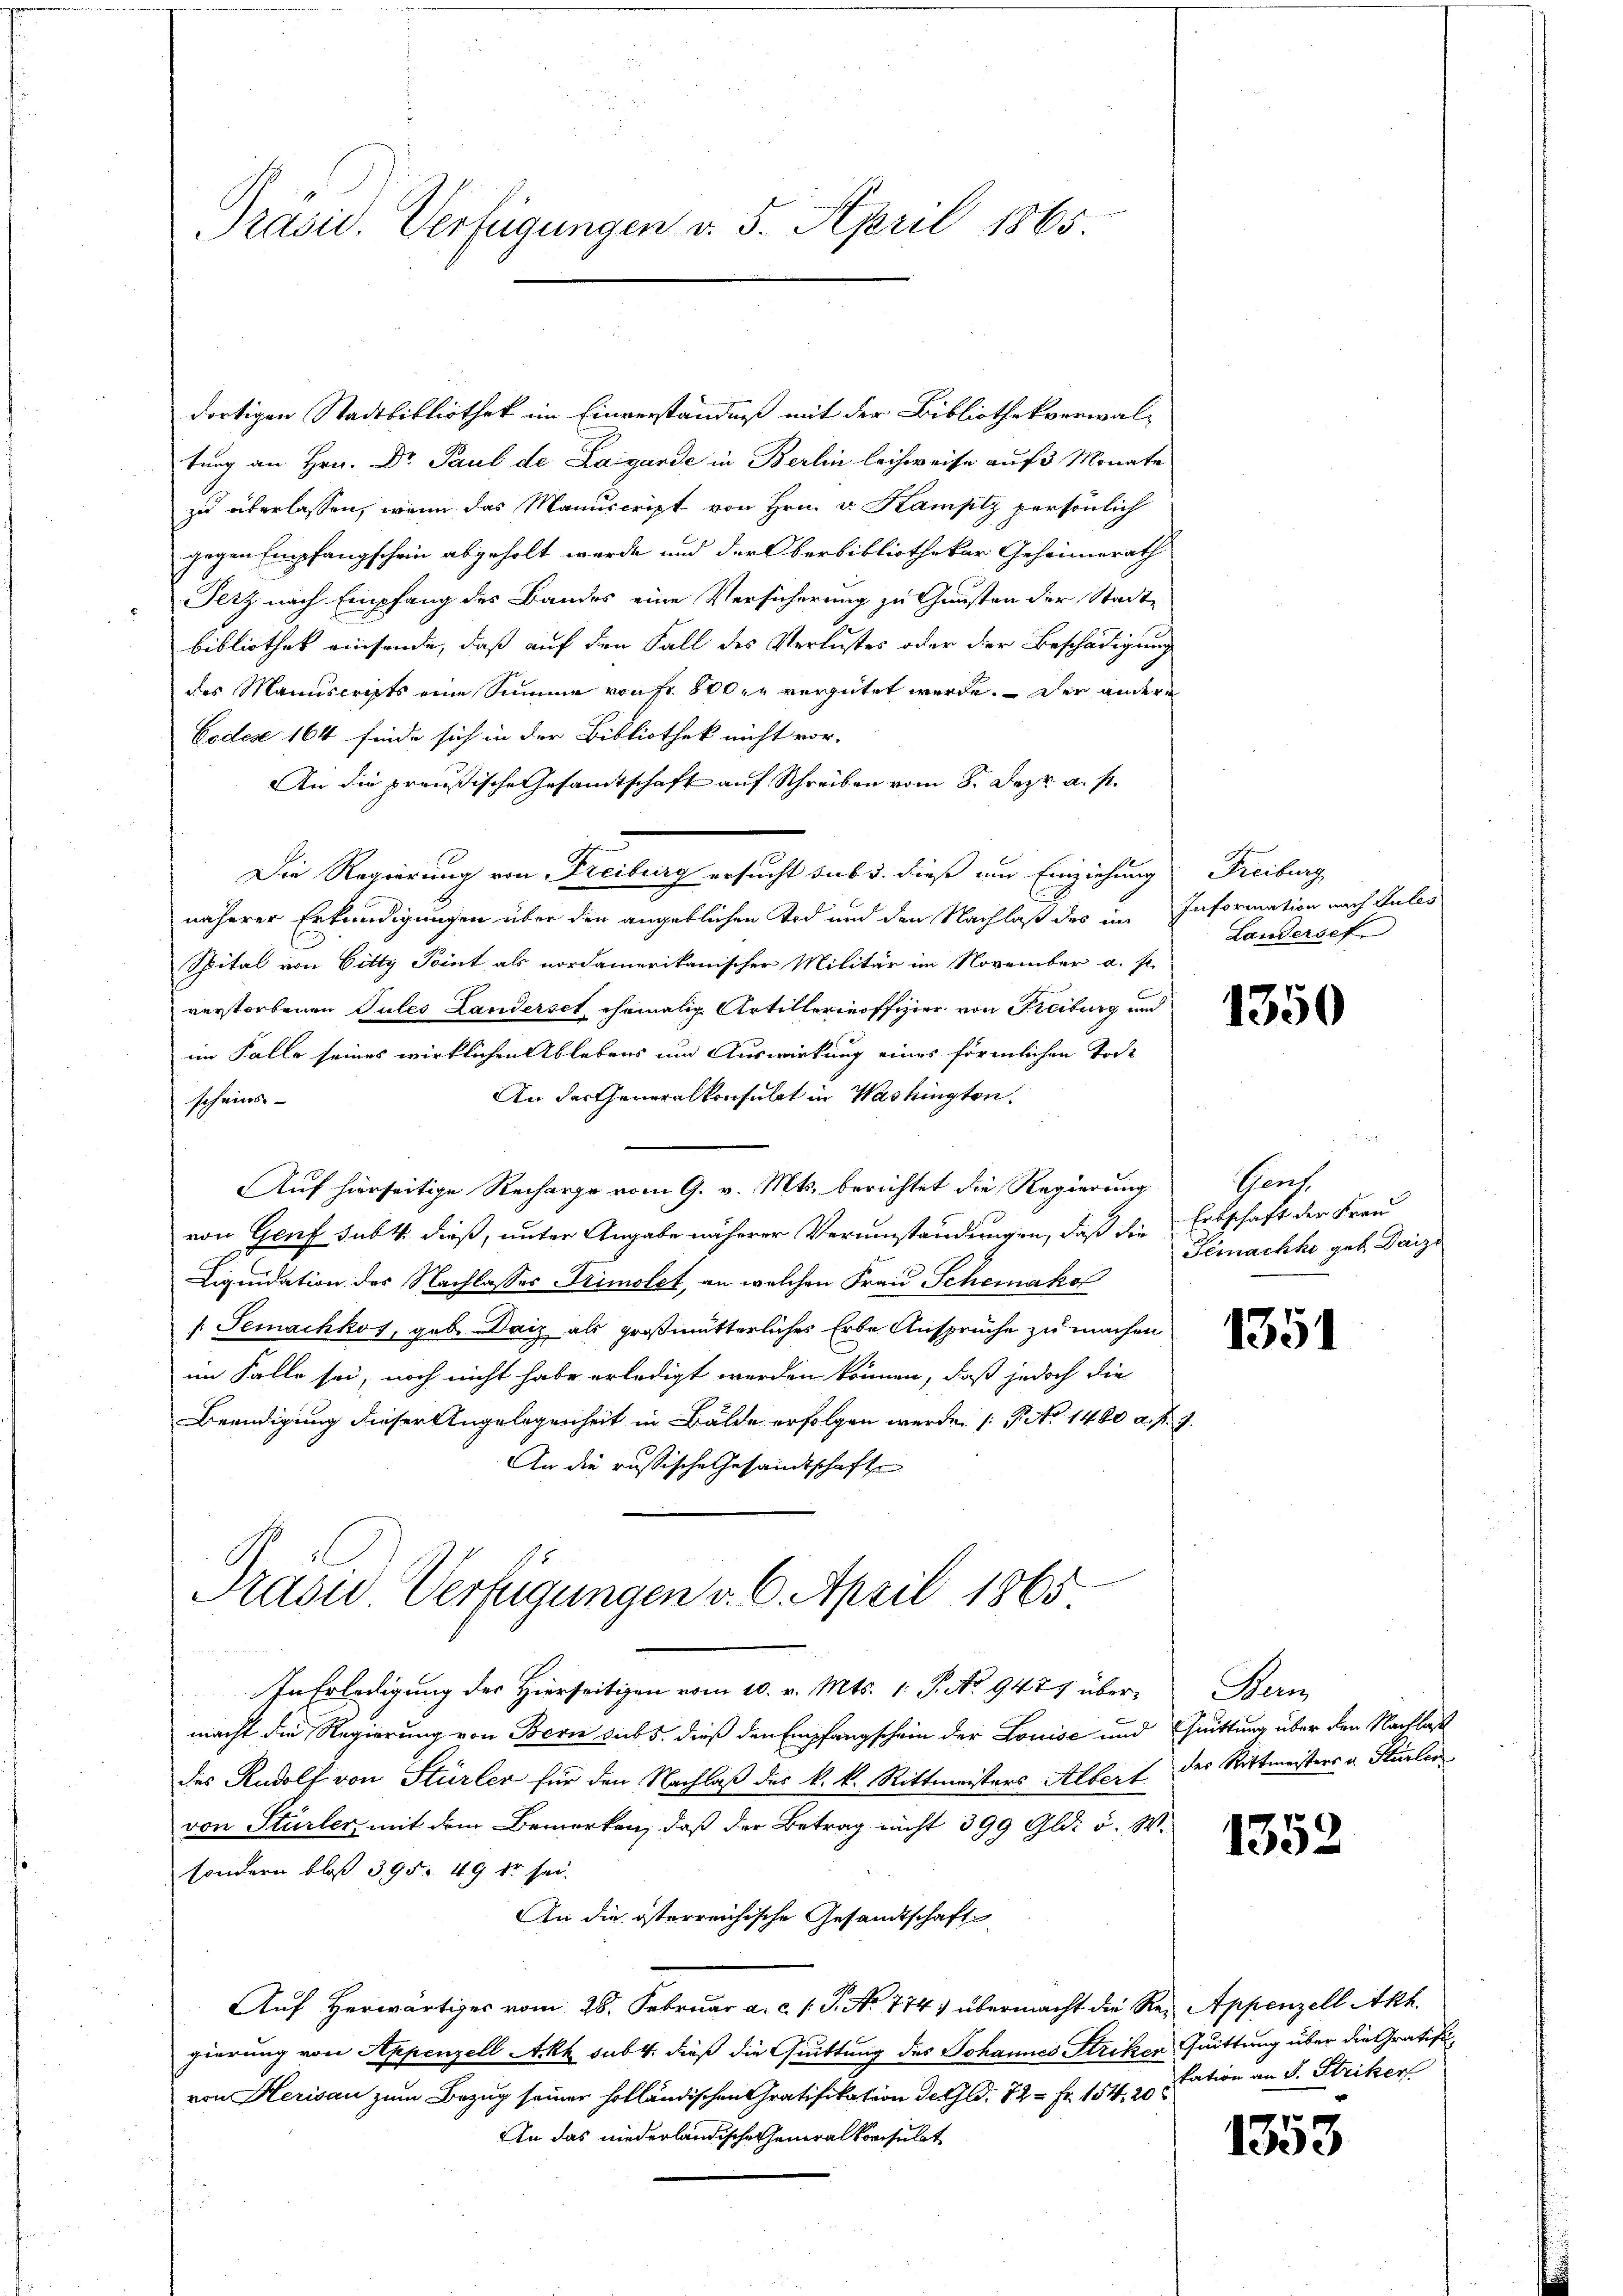
Präsid. Verfügungen v. 5. April 1865.

dortigen Stadtbibliothek im Einverständniß mit der Bibliothekverwal-
tung an Hrn. Dr Paul de Lagande in Berlin leichweise auf 3 Monate
zu überlassen, wenn das Manuscript von Hrn. v. Kampiz persönlich
gegen Empfangschein abgeholt werde und der Oberbibliothekar Geheimerath
Ferz nach Empfang des Bandes eine Versicherung zu Gunsten der Stadtbibliothek einsende, daß auf den Fall des Verlustes oder der Beschädigung
des Manuscripts eine Summe von Fr. 800 vergütet werde. Der andere
Codes 164 finde sich in der Bibliothek nicht vor-
An die preußische Gesamtschaft auf Schreiben vom 8. Dez. a. p.
Die Regierung von Freiburg ersucht sub 3. dieß um Einziehung
näherer Erkundigungen über den angeblichen Tod und den Nachlaß des im Information nach Sules
Spital von Bitty Point als nordamerikanischer Militär im November a. s.
verstorbenen Tules Landerset ehemalig Artillerinoffizier von Freiburg und
im Falle seines wirklichen Ablebens um Auswirkung eines förmlichen Tode
An der Generalkonsulat in Washington.
scheins- |
Auf hierseitige Recharge vom 9. v. Mts. berichtet die Regierung
von Genf sub 4. dieß, unter Angabe näherer Verumständungen, daß die Erbschaft der Frau
Liquidation des Nachlasses Trimolet, an welchen Frau Scheinakol
Jemnachkos, geb. Daiz als großmütterliches Erbe Ansprüche zu machen
im Falle sei, noch nicht habe erledigt werden können, daß jedoch die
Beendigung dieser Angelegenheit in Bälde erfolgen werde. (T. No. 1480 d. J. J.
An die russische Gesandtschaft

Pavid Verfügungen v. 6. April 1865

Freiburg
Landersef

In Erledigung des Hierseitigen vom 10. v. Mts. 1. P. No. 9477 übermacht die Regierung von Bern sub 5. dieß den Empfangschein der Louise und Quittung über den Nachlas
des Rudolf von Stürler für den Nachlaß des k. k. Rittmeisters Albert der Rittmeisters u. Stürler
von Stürler mit dem Bemerken, daß der Betrag nicht 399 Gld. d. W.
sondern bloß 395. 49 dr sei.
An die österreichische Gesandtschaft
Auf Herwärtiges vom 28. Februar a. c. 1 S. No 774 übermacht die Re- Appenzell Akt.
gierung von Appenzell Ackh sub 4. dieß die Quittung des Johannes Striker, Quittung über die Gratifivon Herisau zum Bezug seiner holländischen Gratifikation der Gld. 72 = Fr. 154. 20
An das niederländische Generalkonsulat

1350

Theat
Gemachte geb. Daize

1351

Fenz

1352

kation an S. Striker

1353